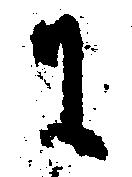
に